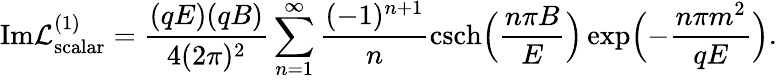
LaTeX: \mathrm{Im}{\cal L}_{\mathrm{scalar}}^{(1)}=\frac{(qE)(qB)}{4(2\pi)^{2}}\sum_{n=1}^{\infty}\frac{(-1)^{n+1}}{n}\mathrm{csch}\Bigl(\frac{n\pi B}{E}\Bigr)\exp\Bigl(-\frac{n\pi m^{2}}{qE}\Bigr).